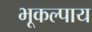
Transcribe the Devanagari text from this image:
भूकल्पाय